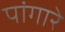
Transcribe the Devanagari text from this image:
पांगारे